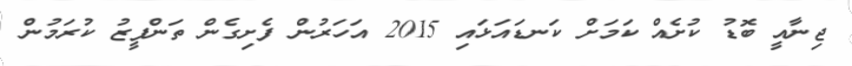
ޖިނާއީ ބޮޑު ކުށެއް ކަމަށް ކަނޑައަޅައި 2015 އަހަރުން ފެށިގެން ތަންފީޒު ކުރަމުން